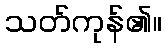
သတ်ကုန်၏။